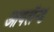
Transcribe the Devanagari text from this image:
आयलॅन्ड